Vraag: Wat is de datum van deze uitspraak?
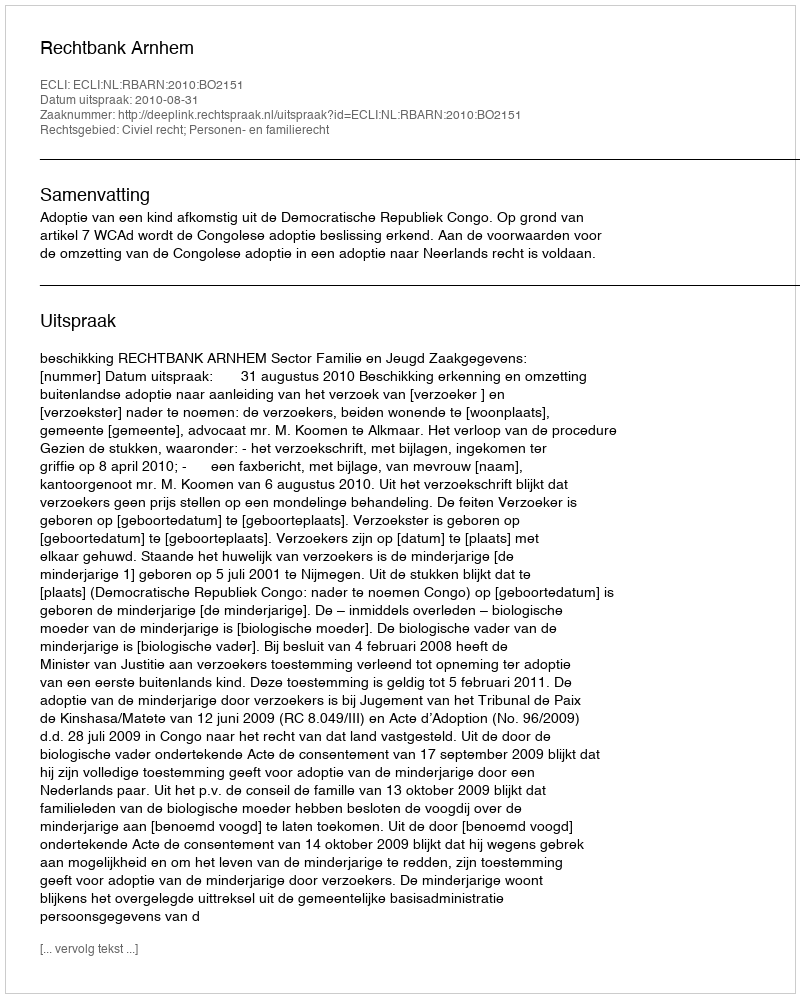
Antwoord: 2010-08-31